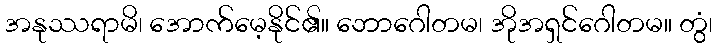
အနုဿရာမိ၊ အောက်မေ့နိုင်၏။ ဘောဂေါတမ၊ အိုအရှင်ဂေါတမ။ တွံ၊